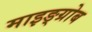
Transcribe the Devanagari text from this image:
माइङ्ग्रोब